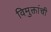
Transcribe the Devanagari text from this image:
विमुक्तांची